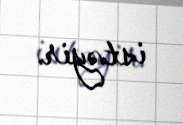
istəyir.